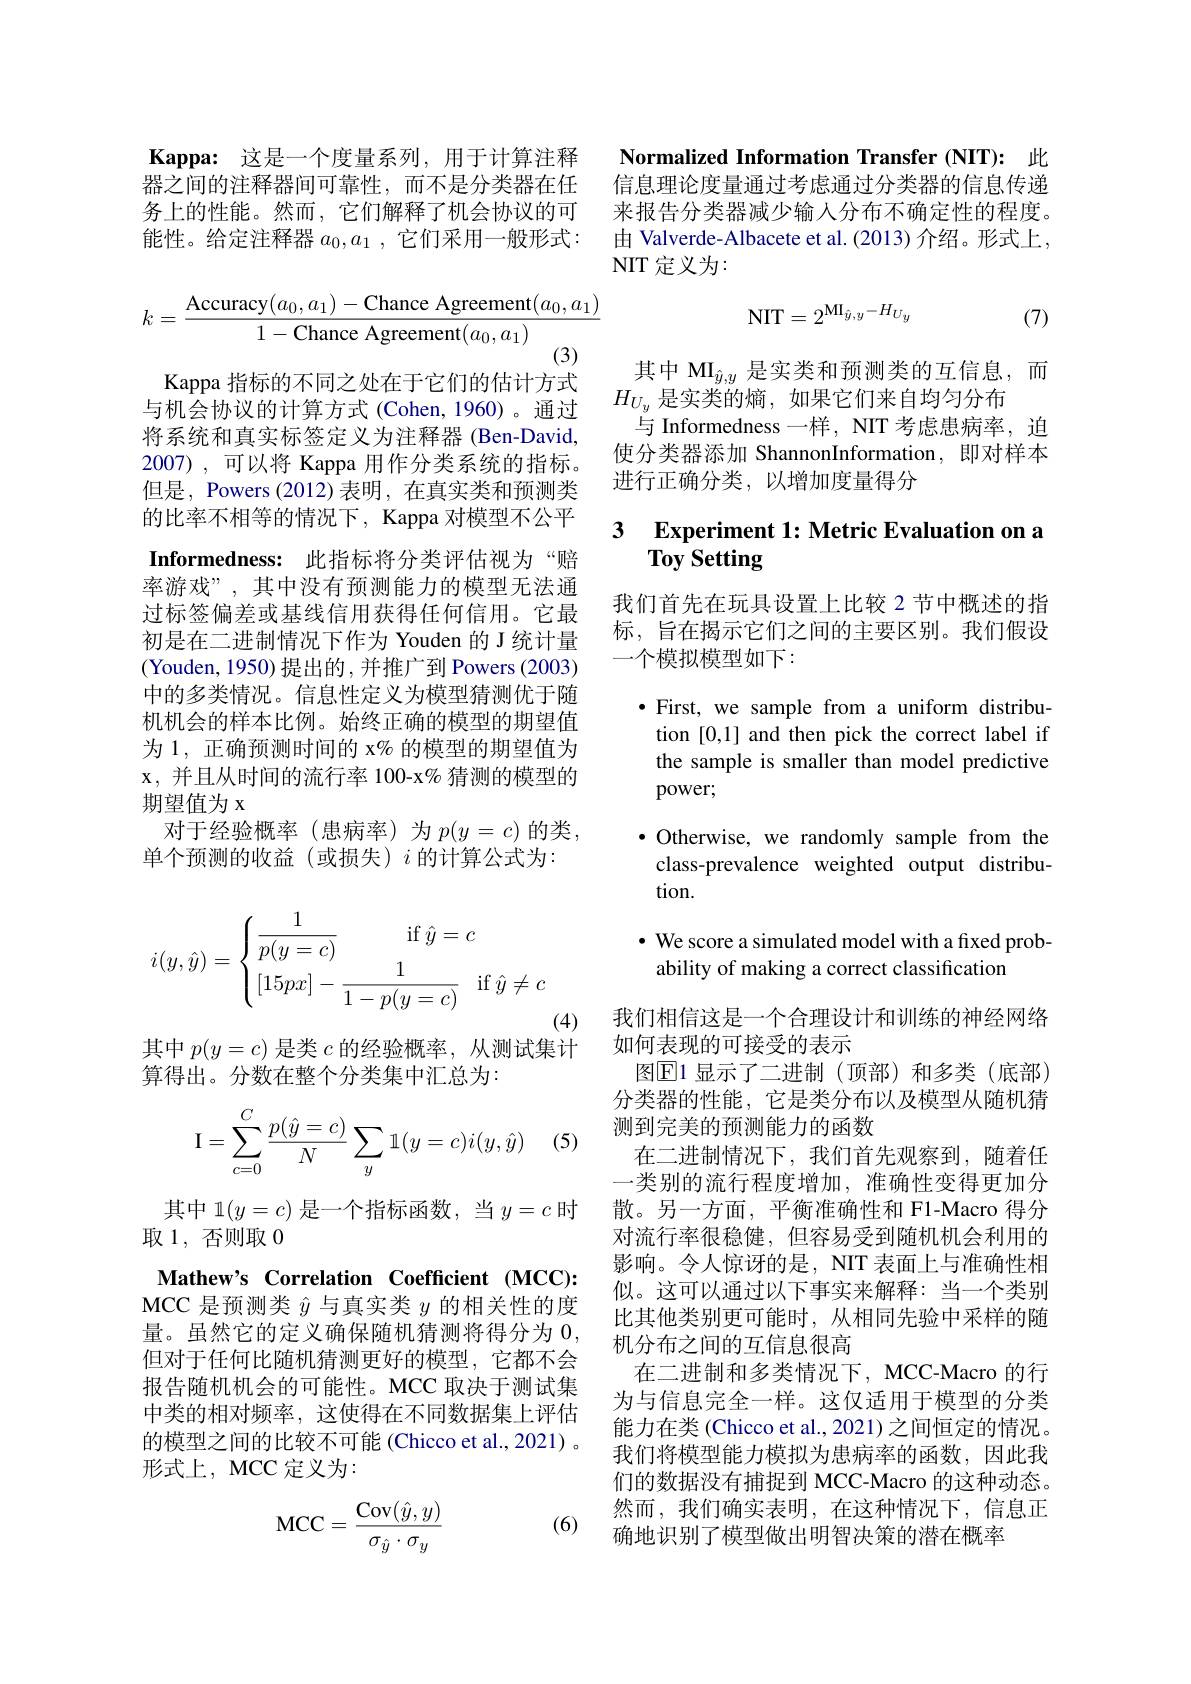
Kappa: 这是一个度量系列，用于计算注释器之间的注释器间可靠性，而不是分类器在任务上的性能。然而，它们解释了机会协议的可能性。给定注释器$a_0,a_1$,它们采用一般形式：
$$k=\frac{\text{Accuracy}(a_0,a_1)-\text{Chance Agreement}(a_0,a_1)}{1-\text{Chance Agreement}(a_0,a_1)}$$
Kappa 指标的不同之处在于它们的估计方式与机会协议的计算方式(Cohen,1960)。通过将系统和真实标签定义为注释器 (Ben-David, 2007),可以将 Kappa 用作分类系统的指标。但是 , Powers (2012) 表明，在真实类和预测类的比率不相等的情况下，Kappa 对模型不公平Informedness: 此指标将分类评估视为“赔率游戏”,其中没有预测能力的模型无法通过标签偏差或基线信用获得任何信用。它最初是在二进制情况下作为 Youden 的 J 统计量(Youden, 1950) 提出的，并推广到 Powers (2003) 中的多类情况。信息性定义为模型猜测优于随机机会的样本比例。始终正确的模型的期望值为 1, 正确预测时间的 x% 的模型的期望值为x, 并且从时间的流行率 100-x% 猜测的模型的期望值为 x
对于经验概率(患病率)为 $p(y=c)$ 的类，
单个预测的收益(或损失)$i$的计算公式为：
$$i(y,\hat{y})=\begin{cases}\dfrac{1}{p(y=c)}&\text{if}\hat{y}=c\\[15px]-\dfrac{1}{1-p(y=c)}&\text{if}\hat{y}\neq c\end{cases}$$
(4)
其中$p(y=c)$是类$c$的经验概率，从测试集计

算得出。分数在整个分类集中汇总为：

(5)
$$\mathrm I=\sum\limits_{c=0}^C\dfrac{p(\hat y=c)}{N}\sum\limits_{y}\mathbb1(y=c)i(y,\hat y)$$
其中 1$(y=c)$是一个指标函数，当$y=c$时
取1，否则取0
Mathew's Correlation Coefficient (MCC): MCC 是预测类$\hat{y}$与真实类$y$的相关性的度量。虽然它的定义确保随机猜测将得分为0， 但对于任何比随机猜测更好的模型，它都不会报告随机机会的可能性。MCC 取决于测试集中类的相对频率，这使得在不同数据集上评估的模型之间的比较不可能(Chicco et al., 2021) 。形式上，MCC 定义为：

(6)
$$\mathrm M\mathrm C\mathrm C=\dfrac{\mathrm C\mathrm o\mathrm v(\hat y,y)}{\sigma_{\hat y}\cdot\sigma_y}$$
Normalized Information Transfer (NIT): 此

信息理论度量通过考虑通过分类器的信息传递来报告分类器减少输入分布不确定性的程度。由 Valverde-Albacete et al. (2013) 介绍。形式上， NIT 定义为：
$$\mathrm{NIT}=2^{\mathrm{MI}_{\hat{y},y}-H_{Uy}}$$
(7)

其中 MI$_{\hat{y},y}$是实类和预测类的互信息，而
$H_{U_y}$是实类的熵，如果它们来自均匀分布
与 Informedness 一样，NIT 考虑患病率，迫使分类器添加 ShannonInformation,即对样本进行正确分类，以增加度量得分

### 3 $\textbf{Experiment 1: Metric Evaluation on a}$ Toy Setting

我们首先在玩具设置上比较 2 节中概述的指标，旨在揭示它们之间的主要区别。我们假设一个模拟模型如下：

$\bullet$ First, we sample from a uniform distribu-

tion [0,1] and then pick the correct label if

the sample is smaller than model predictive

power;

$\bullet$ Otherwise, we randomly sample from the

class-prevalence weighted output distribu-

tion.

$\cdot$ We score a simulated model with a fixed prob-

ability of making a correct classification

我们相信这是一个合理设计和训练的神经网络
如何表现的可接受的表示
图$\boxed{\mathrm{E}}1$ 显示了二进制(顶部)和多类(底部) 分类器的性能，它是类分布以及模型从随机猜测到完美的预测能力的函数
在二进制情况下，我们首先观察到，随着任一类别的流行程度增加，准确性变得更加分散。另一方面，平衡准确性和 F1-Macro 得分对流行率很稳健，但容易受到随机机会利用的影响。令人惊讶的是，NIT 表面上与准确性相似。这可以通过以下事实来解释：当一个类别比其他类别更可能时，从相同先验中采样的随机分布之间的互信息很高
在二进制和多类情况下，MCC-Macro 的行为与信息完全一样。这仅适用于模型的分类能力在类 (Chicco et al., 2021) 之间恒定的情况。我们将模型能力模拟为患病率的函数，因此我们的数据没有捕捉到 MCC-Macro 的这种动态。然而，我们确实表明，在这种情况下，信息正确地识别了模型做出明智决策的潜在概率